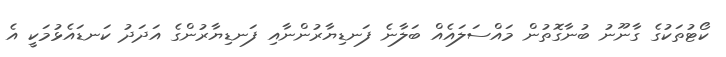
ކޯޓުތަކުގެ ގާނޫނު ބުނާގޮތުން މައްސަލައެއް ބަލާނެ ފަނޑިޔާރުންނާއި ފަނޑިޔާރުންގެ އަދަދު ކަނޑައެޅުމަކީ އެ